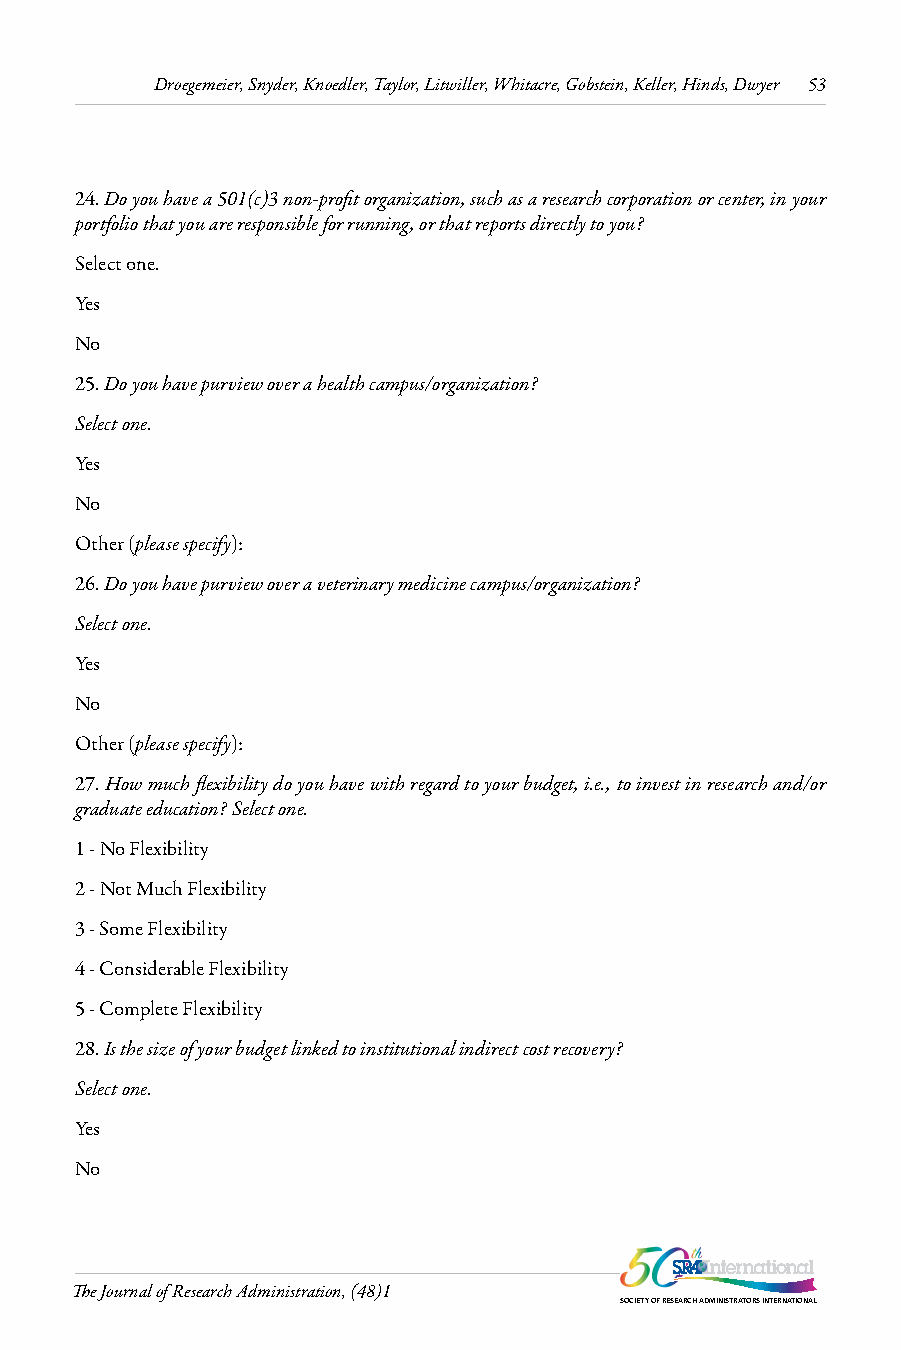
Droegemeier, Snyder, Knoedler, Taylor, Litwiller, Whitacre, Gobstein, Keller, Hinds, Dwyer 53
 24. Do you have a 501(c)3 non-profit organization, such as a research corporation or center, in your
 portfolio that you are responsible for running, or that reports directly to you?
 Select one.
 Yes
 No
 25. Do you have purview over a health campus/organization?
 Select one.
 Yes
 No
 Other (please specify):
 26. Do you have purview over a veterinary medicine campus/organization?
 Select one.
 Yes
 No
 Other (please specify):
 27. How much flexibility do you have with regard to your budget, i.e., to invest in research and/or
 graduate education? Select one.
 1 - No Flexibility
 2 - Not Much Flexibility
 3 - Some Flexibility
 4 - Considerable Flexibility
 5 - Complete Flexibility
 28. Is the size of your budget linked to institutional indirect cost recovery?
 Select one.
 Yes
 No
 The Journal of Research Administration, (48)1
 SOCIETY OF RESEARCH ADMINISTRATORS INTERNATIONAL